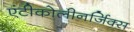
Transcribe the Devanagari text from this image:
एंटीकोलीनर्जिक्स